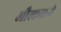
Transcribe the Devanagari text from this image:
औत्कलये